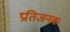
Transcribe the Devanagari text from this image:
प्रतिजनक